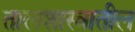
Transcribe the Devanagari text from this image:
तालशास्त्रातील